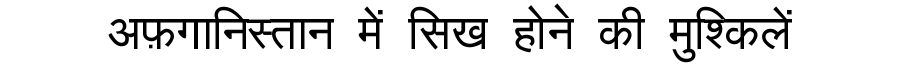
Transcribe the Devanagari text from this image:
अफ़गानिस्तान में सिख होने की मुश्किलें